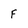
Character: F